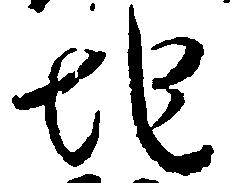
地